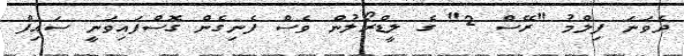
ދެވަނަ ފިލްމު "ރޭސް 2" ގެ ލީޑްރޯލުން ވެސް ފެނިގެން ގޮސްފައިވަނީ ސައިފް